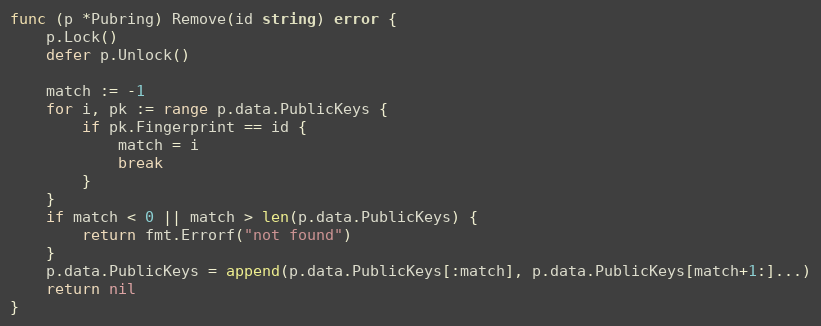
Language: Go
func (p *Pubring) Remove(id string) error {
	p.Lock()
	defer p.Unlock()

	match := -1
	for i, pk := range p.data.PublicKeys {
		if pk.Fingerprint == id {
			match = i
			break
		}
	}
	if match < 0 || match > len(p.data.PublicKeys) {
		return fmt.Errorf("not found")
	}
	p.data.PublicKeys = append(p.data.PublicKeys[:match], p.data.PublicKeys[match+1:]...)
	return nil
}